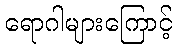
ရောဂါများကြောင့်